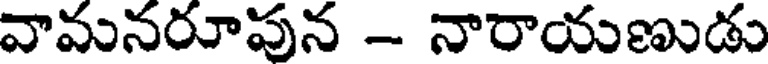
వామనరూపున - నారాయణుడు